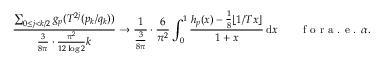
\frac { \sum _ { 0 \le j < k / 2 } g _ { p } ( T ^ { 2 j } ( p _ { k } / q _ { k } ) ) } { \frac { 3 } { 8 \pi } \cdot \frac { \pi ^ { 2 } } { 1 2 \log 2 } k } \to \frac { 1 } { \frac { 3 } { 8 \pi } } \cdot \frac { 6 } { \pi ^ { 2 } } \int _ { 0 } ^ { 1 } \frac { h _ { p } ( x ) - \frac { 1 } { 8 } \lfloor 1 / T x \rfloor } { 1 + x } \, \mathrm { d } x \qquad \textrm { f o r a . e . } \alpha .